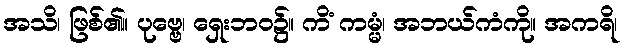
အသိ၊ ဖြစ်၏။ ပုဗ္ဗေ၊ ရှေးဘဝ၌။ ကိံ ကမ္မံ၊ အဘယ်ကံကို။ အကရိ၊